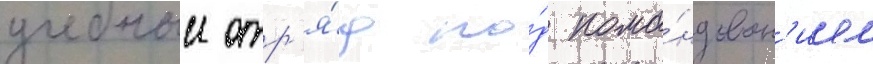
учебныи отр'я́д по́д кома́ндован'ием